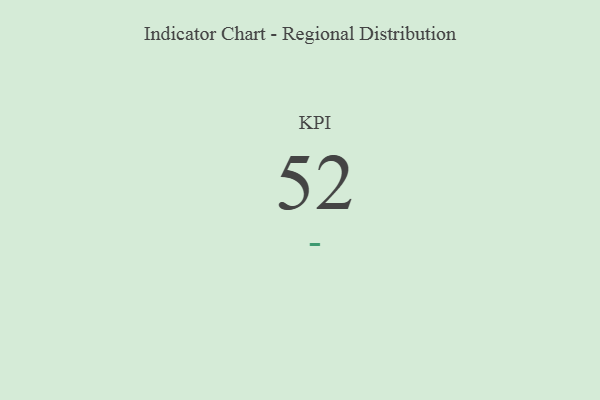
{"axis": {"x": "KPI", "y": "Value"}, "legend": [""], "data": [{"x": "KPI", "y": 52, "type": ""}]}